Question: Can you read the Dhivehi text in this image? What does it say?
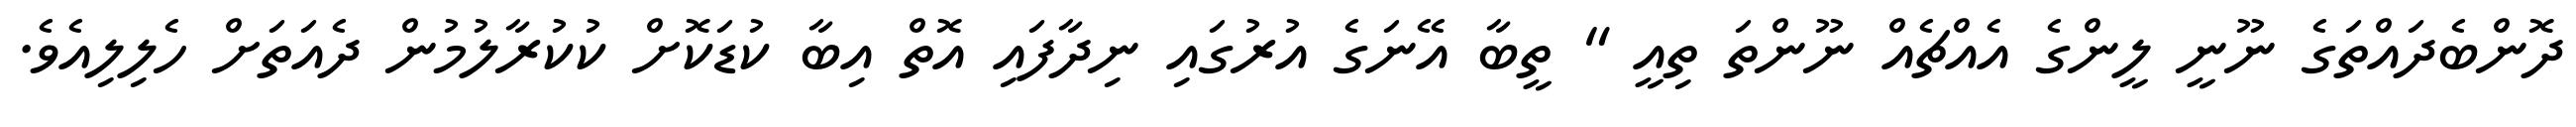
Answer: ދޮންބެދައްތަގެ ނޫނީ ލީންގެ އެއްޗެއް ނޫންތަ ތިއީ " ތީބާ އޭނަގެ އުރުގައި ނިދާފައި އޮތް އިބާ ކުޑަކޮށް ކުކުރާލުމުން ދެއަތަށް ހެލިލިއެވެ.